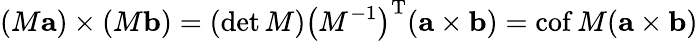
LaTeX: (M\mathbf{a})\times(M\mathbf{b})=(\operatorname*{det}M)\left(M^{-1}\right)^{\mathrm{T}}(\mathbf{a}\times\mathbf{b})=\operatorname{cof}M(\mathbf{a}\times\mathbf{b})